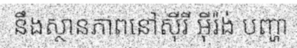
នឹងស្ថានភាពនៅស៊ីរី អ៊ីរ៉ង់ បញ្ហា